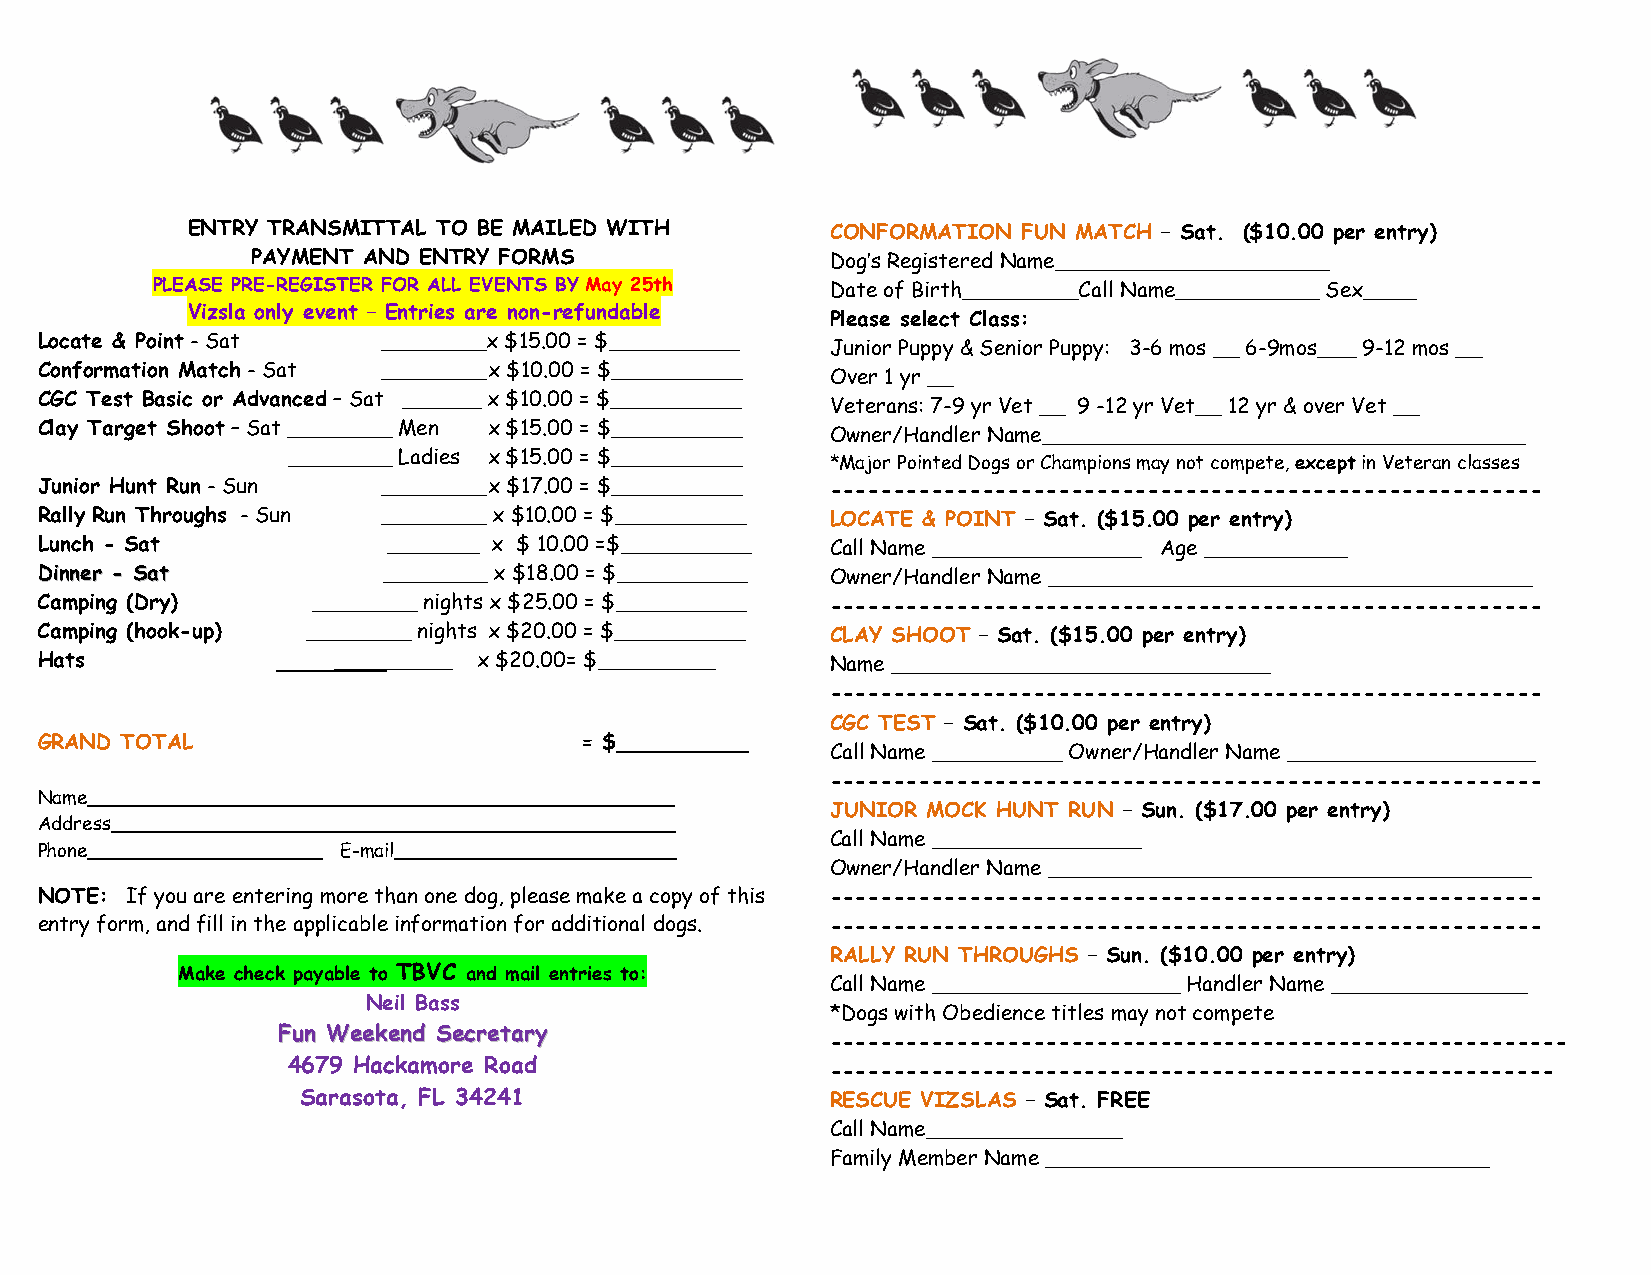
ENTRY TRANSMITTAL TO BE MAILED WITH        CONFORMATION FUN MATCH – Sat. ($10.00 per entry)
 PAYMENT AND ENTRY FORMS               Dog’s Registered Name_____________________
 PLEASE PRE-REGISTER FOR ALL EVENTS BY May 25th Date of Birth_________Call Name___________ Sex____
 Vizsla only event – Entries are non-refundable
 Please select Class:
 Locate & Point - Sat   ________x $15.00 = $__________
 Junior Puppy & Senior Puppy: 3-6 mos __ 6-9mos___ 9-12 mos __
 Conformation Match - Sat ________ x $10.00 = $__________
 Over 1 yr __
 CGC Test Basic or Advanced – Sat ______ x $10.00 = $__________
 Veterans: 7-9 yr Vet __ 9 -12 yr Vet__ 12 yr & over Vet __
 Clay Target Shoot – Sat ________ Men x $15.00 = $__________
 Owner/Handler Name_____________________________________
 ________ Ladies x $15.00 = $__________ *Major Pointed Dogs or Champions may not compete, except in Veteran classes
 Junior Hunt Run - Sun  ________ x $17.00 = $__________ --------------------------------------------------------
 Rally Run Throughs - Sun ________ x $10.00 = $__________ LOCATE & POINT – Sat. ($15.00 per entry)
 Lunch - Sat             _______ x $ 10.00 =$__________ Call Name ________________ Age ___________
 DDiinnnneerr -- SSaatt ________ x $18.00 = $__________ Owner/Handler Name _____________________________________
 Camping (Dry)      ________ nights x $25.00 = $__________ --------------------------------------------------------
 Camping (hook-up) ________ nights x $20.00 = $__________ CLAY SHOOT – Sat. ($15.00 per entry)
 Hats                _________ x $20.00= $_________   Name _____________________________
 --------------------------------------------------------
 CGC TEST – Sat. ($10.00 per entry)
 GRAND TOTAL                         = $__________
 Call Name __________ Owner/Handler Name ___________________
 --------------------------------------------------------
 Name__________________________________________________
 JUNIOR MOCK HUNT RUN – Sun. ($17.00 per entry)
 Address________________________________________________
 Call Name ________________
 Phone____________________ E-mail________________________
 Owner/Handler Name _____________________________________
 NOTE: If you are entering more than one dog, please make a copy of this --------------------------------------------------------
 entry form, and fill in the applicable information for additional dogs. --------------------------------------------------------
 RALLY RUN THROUGHS – Sun. ($10.00 per entry)
 Make check payable to TBVC and mail entries to:
 Call Name ___________________ Handler Name _______________
 Neil Bass
 *Dogs with Obedience titles may not compete
 FFuunn WWeeeekkeenndd SSeeccrreettaarryy
 ----------------------------------------------------------
 4679 Hackamore Road                 ---------------------------------------------------------
 Sarasota, FL 34241                 RESCUE VIZSLAS – Sat. FREE
 Call Name_______________
 Family Member Name __________________________________